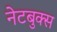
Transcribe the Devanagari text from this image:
नेटबुक्स